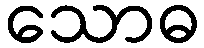
သောဓ